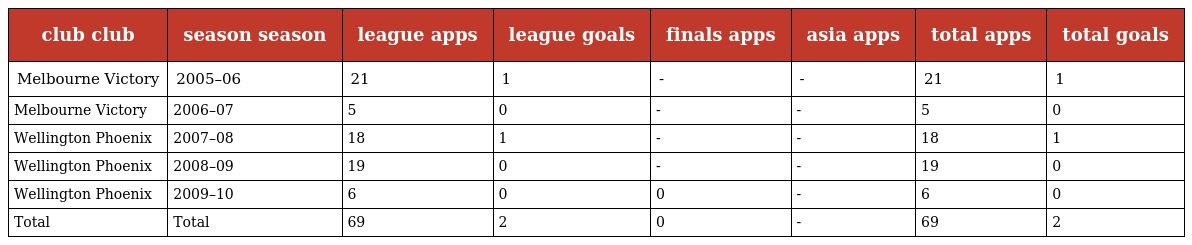
| club club | season season | league apps | league goals | finals apps | asia apps | total apps | total goals |
 | --- | --- | --- | --- | --- | --- | --- | --- |
 | Melbourne Victory | 2005–06 | 21 | 1 | - | - | 21 | 1 |
 | Melbourne Victory | 2006–07 | 5 | 0 | - | - | 5 | 0 |
 | Wellington Phoenix | 2007–08 | 18 | 1 | - | - | 18 | 1 |
 | Wellington Phoenix | 2008–09 | 19 | 0 | - | - | 19 | 0 |
 | Wellington Phoenix | 2009–10 | 6 | 0 | 0 | - | 6 | 0 |
 | Total | Total | 69 | 2 | 0 | - | 69 | 2 |